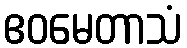
ဧဝမေတာသံ